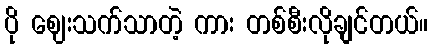
ပို ဈေးသက်သာတဲ့ ကား တစ်စီးလိုချင်တယ်။